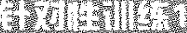
针对性训练1